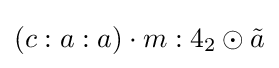
(c:a:a)\cdot m:4_{2}\odot {\tilde {a}}